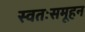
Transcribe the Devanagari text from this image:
स्वतःसमूहन